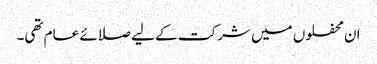
ان محفلوں میں شرکت کے لیے صلائے عام تھی۔